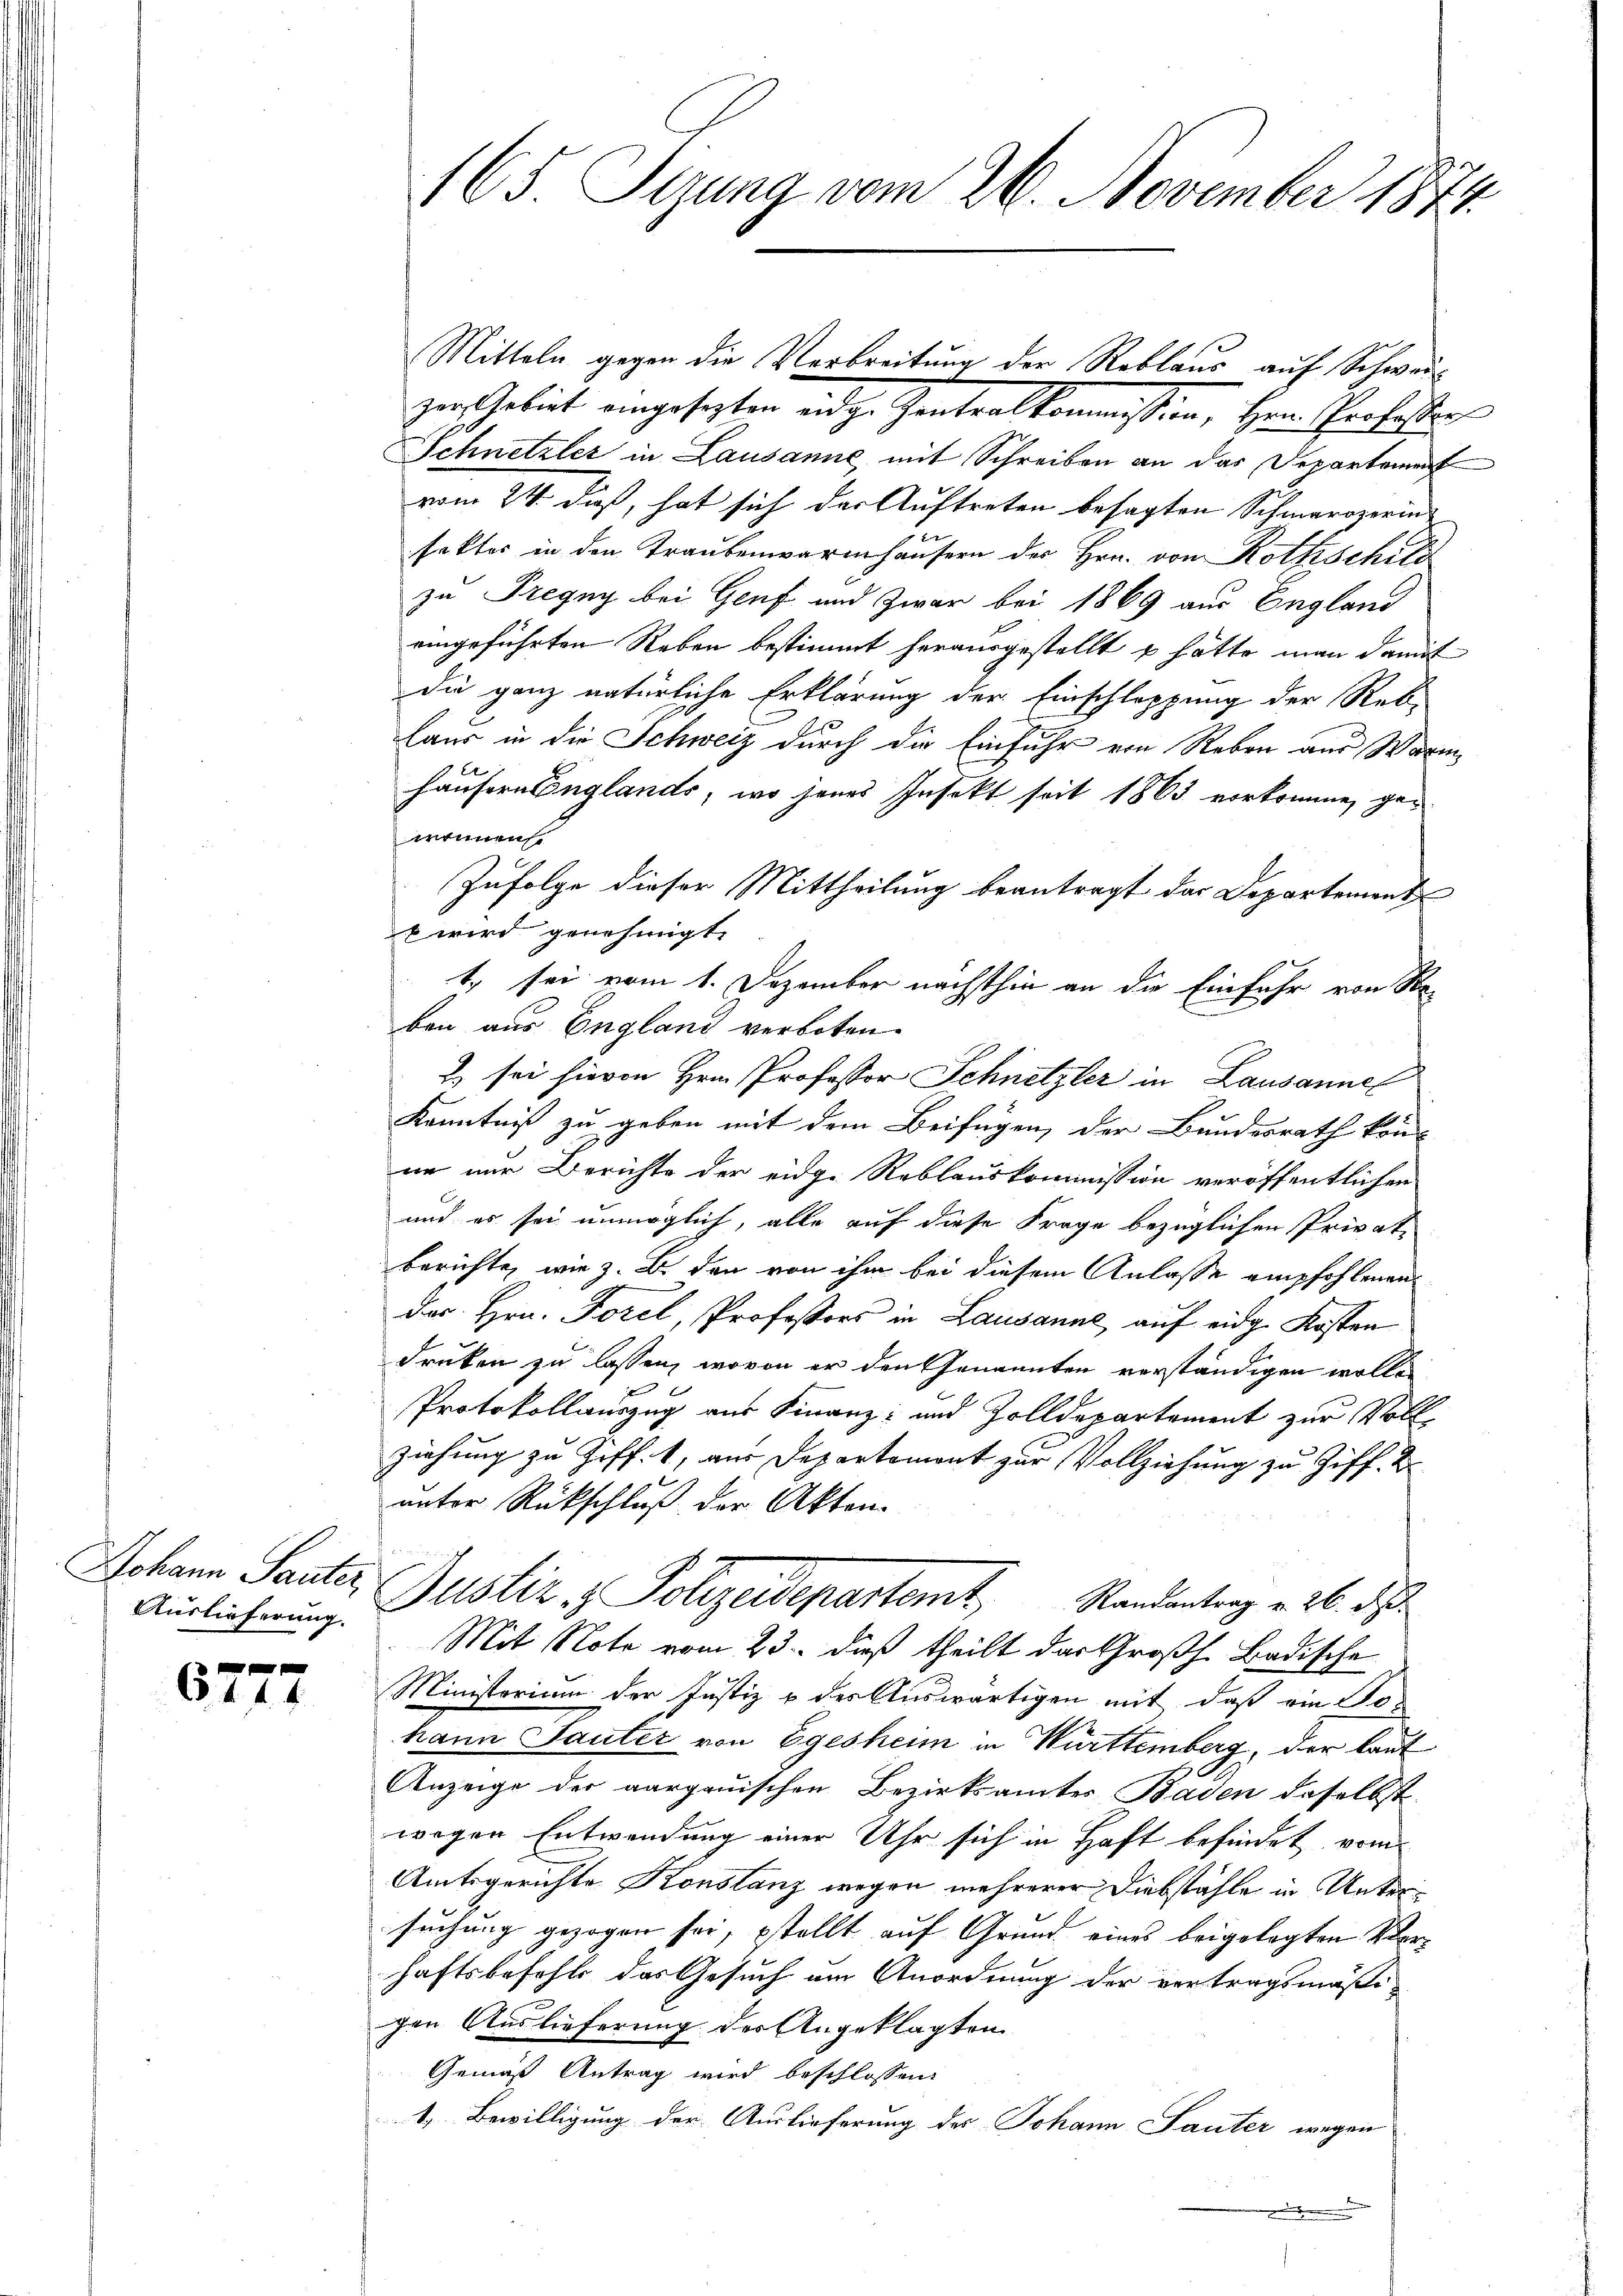
Johann Sauter,
Auslieferung.

0 f 0 x
44. 6

165. Sizung vom 26. November 1874.

Mitteln gegen die Verbreitung der Reblaus auf Schweizur Gebiet eingesezten eidg. Gantralkommission, Herr Professor
Schnetzler in Lausanne, mit Schreiben an das Departement
vom 24. dieß, hat sich der Auftreten besagten Schmaroperin
faktes in den Traubenwarmhäusern des Hrn. von Rothschild
zu Tregny bei Genf und zwar bei 1869 aus England
eingeführten Reben bestimmt herausgestellt u. hätte man damit
die ganz natürliche Erklärung der Einschleppung der Reb-
laus in die Schweiz durch die Einfuhr von Reben aus Warm
häusern Englands, wo jenes Insekt seit 1863 vorkomme, gewönnen
Zufolge dieser Mittheilung beantragt das Departement
 wird genehmigt. |
t. sei vom 1. Dezember nächsthin an die Einfuhr von Se-
ben aus England verboten.
2) sei hievon Hrn. Professor Schnetzler in Lausannel
Kenntniß zu geben mit dem Beifügen, der Bundesrath kön-
nn nur Berichte der eidg. Reblauskommission veröffentlichen
und es sei unmöglich, alle auf diese Frage bezüglichen Privat
berichte, wie z. B. den von ihm bei diesem Anlasse empfohlenen
des Hrn. Forel, Professors in Lausanne auf eidg. Kosten
druken zu lassen, wovon er den Genannten verständigen wollen
Protokollauszug aus Finanz- und Zolldepartement zur Vollziehung zu Ziff. 1, aus Departement zur Vollziehung zu Ziff. 2.
unter Rückschluß der Akten.
Justiz - Polizeidepartemt,
Randantrag v. 26. d.
Mit Note vom 23. dieß theilt das Großh. Badische
Ministerium der Justiz & des Auswärtigen mit, daß ein Ge-
hann Sauter von Egesheim in Württemberg, der laut
Anzeige der aargauischen Bezirksamtes Baden daselbst
wegen Entwendung einer Uhr sich in Haft befindet vom
Amtsgerichte Konstanz wegen mehrerer Diebstähle in Untersuchung gezogen sei, stellt auf Grund eines beigelegten Verhaftsbefohle das Gesuch am Anordnung der vertragsmäßi-
gen Auslieferung der Angeklagten
Gemäß Antrag wird beschlossen:
1. Bewilligung der Auslieferung der Johann Sauter wegen